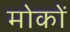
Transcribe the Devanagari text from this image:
मोकों